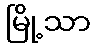
မြို့သာ